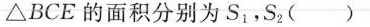
△BCE的面积分别为S_{1}，S_{2}()